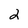
Character: 2